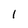
Character: 1